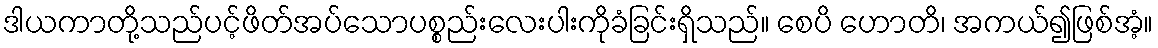
ဒါယကာတို့သည်ပင့်ဖိတ်အပ်သောပစ္စည်းလေးပါးကိုခံခြင်းရှိသည်။ စေပိ ဟောတိ၊ အကယ်၍ဖြစ်အံ့။